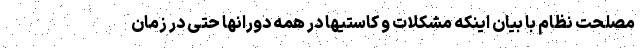
مصلحت نظام با بیان اینکه مشکلات و کاستیها در همه دورانها حتی در زمان